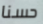
حسنا